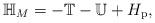
LaTeX: \begin{align*}\mathbb{H}_M=-\mathbb{T}-\mathbb{U}+H_{\mathrm{p}},\end{align*}